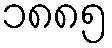
၁၈၈၅